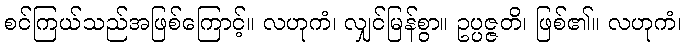
စင်ကြယ်သည်အဖြစ်ကြောင့်။ လဟုကံ၊ လျှင်မြန်စွာ။ ဥပ္ပဇ္ဇတိ၊ ဖြစ်၏။ လဟုကံ၊